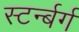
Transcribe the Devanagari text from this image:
स्टर्न्बर्ग